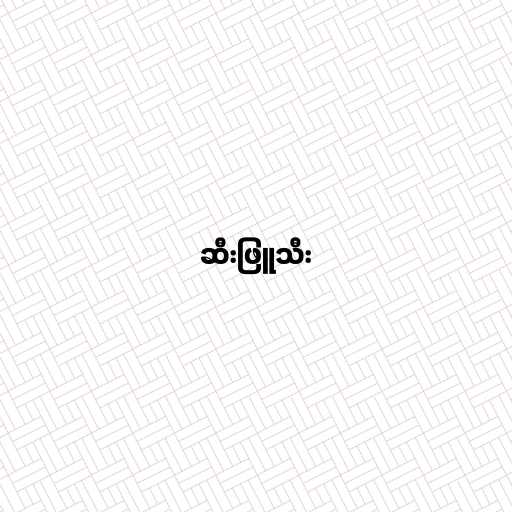
ဆီးဖြူသီး